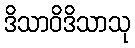
ဒိသာဝိဒိသာသု